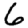
Digit: 6